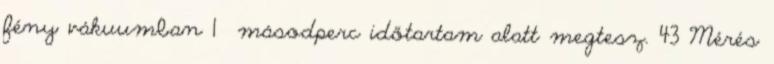
fény vákuumban 1 másodperc időtartam alatt megtesz. 43 Mérés